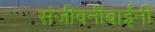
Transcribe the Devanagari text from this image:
संजीवनीबाईंनी